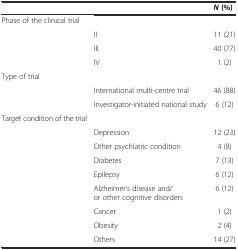
<table><thead><tr><td></td><td></td><td><b><i>N</i>(%)</b></td></tr></thead><tbody><tr><td>Phase of the clinical trial</td><td></td><td></td></tr><tr><td></td><td>II</td><td>11 (21)</td></tr><tr><td></td><td>III</td><td>40 (77)</td></tr><tr><td></td><td>IV</td><td>1 (2)</td></tr><tr><td>Type of trial</td><td></td><td></td></tr><tr><td></td><td>International multi-centre trial</td><td>46 (88)</td></tr><tr><td></td><td>Investigator-initiated national study</td><td>6 (12)</td></tr><tr><td>Target condition of the trial</td><td></td><td></td></tr><tr><td></td><td>Depression</td><td>12 (23)</td></tr><tr><td></td><td>Other psychiatric condition</td><td>4 (8)</td></tr><tr><td></td><td>Diabetes</td><td>7 (13)</td></tr><tr><td></td><td>Epilepsy</td><td>6 (12)</td></tr><tr><td></td><td>Alzheimer’s disease and/or other cognitive disorders</td><td>6 (12)</td></tr><tr><td></td><td>Cancer</td><td>1 (2)</td></tr><tr><td></td><td>Obesity</td><td>2 (4)</td></tr><tr><td></td><td>Others</td><td>14 (27)</td></tr></tbody></table>